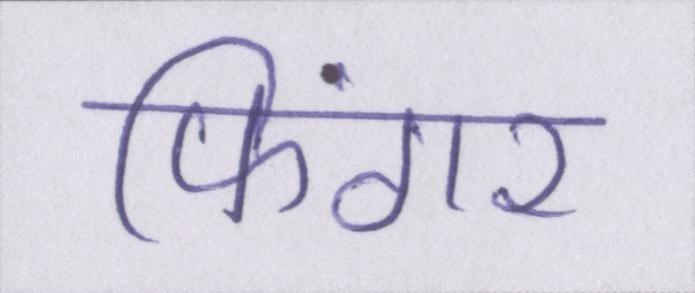
फिंगर